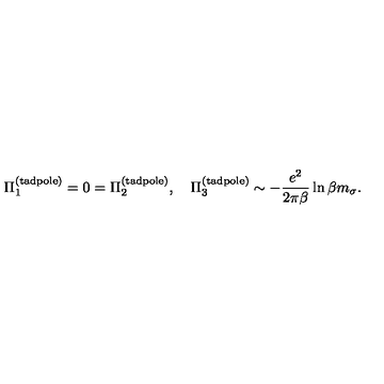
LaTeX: \Pi _ { 1 } ^ { ( \mathrm { t a d p o l e } ) } = 0 = \Pi _ { 2 } ^ { ( \mathrm { t a d p o l e } ) } , \quad \Pi _ { 3 } ^ { ( \mathrm { t a d p o l e } ) } \sim - \frac { e ^ { 2 } } { 2 \pi \beta } \ln \beta m _ { \sigma } .